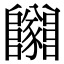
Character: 𨽡